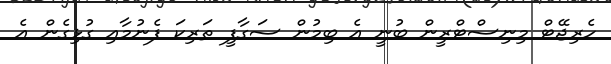
ހެރިޖޭޓް މިނިސްޓްރީން ބުނީ އެ ބިމުން ސަގާފީ ތަރިކަ ފެނުމާއި ގުޅިގެން އެ